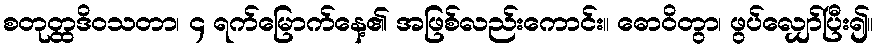
စတုတ္ထဒိဝသတာ၊ ၄ ရက်မြောက်နေ့၏ အဖြစ်လည်းကောင်း။ ဓောဝိတွာ၊ ဖွပ်လျှော်ပြီး၍။